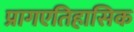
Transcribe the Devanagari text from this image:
प्रागएतिहासिक